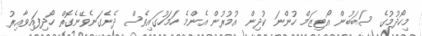
މިހޯދުމުގެ ސަބަބުން އޯޓިޒަމް ހުންނަ ކުދިން އުމުރުން އެންމެ ހަމަހުގައިވެސް ދެނެގަނެވޭނެގޮތް ހޯދިފައިވާއިރު